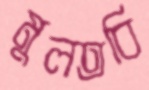
মুলতবি